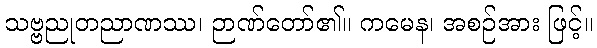
သဗ္ဗညုတညာဏဿ၊ ဉာဏ်တော်၏။ ကမေန၊ အစဉ်အား ဖြင့်။